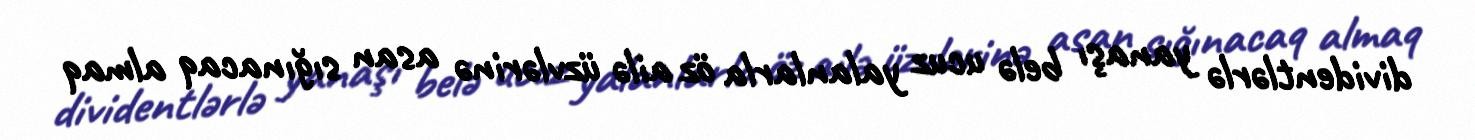
dividentlərlə yanaşı belə ucuz yalanlarla öz ailə üzvlərinə asan sığınacaq almaq